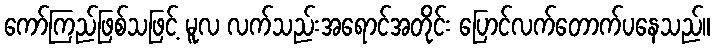
ကော်ကြည်ဖြစ်သဖြင့် မူလ လက်သည်းအရောင်အတိုင်း ပြောင်လက်တောက်ပနေသည်။